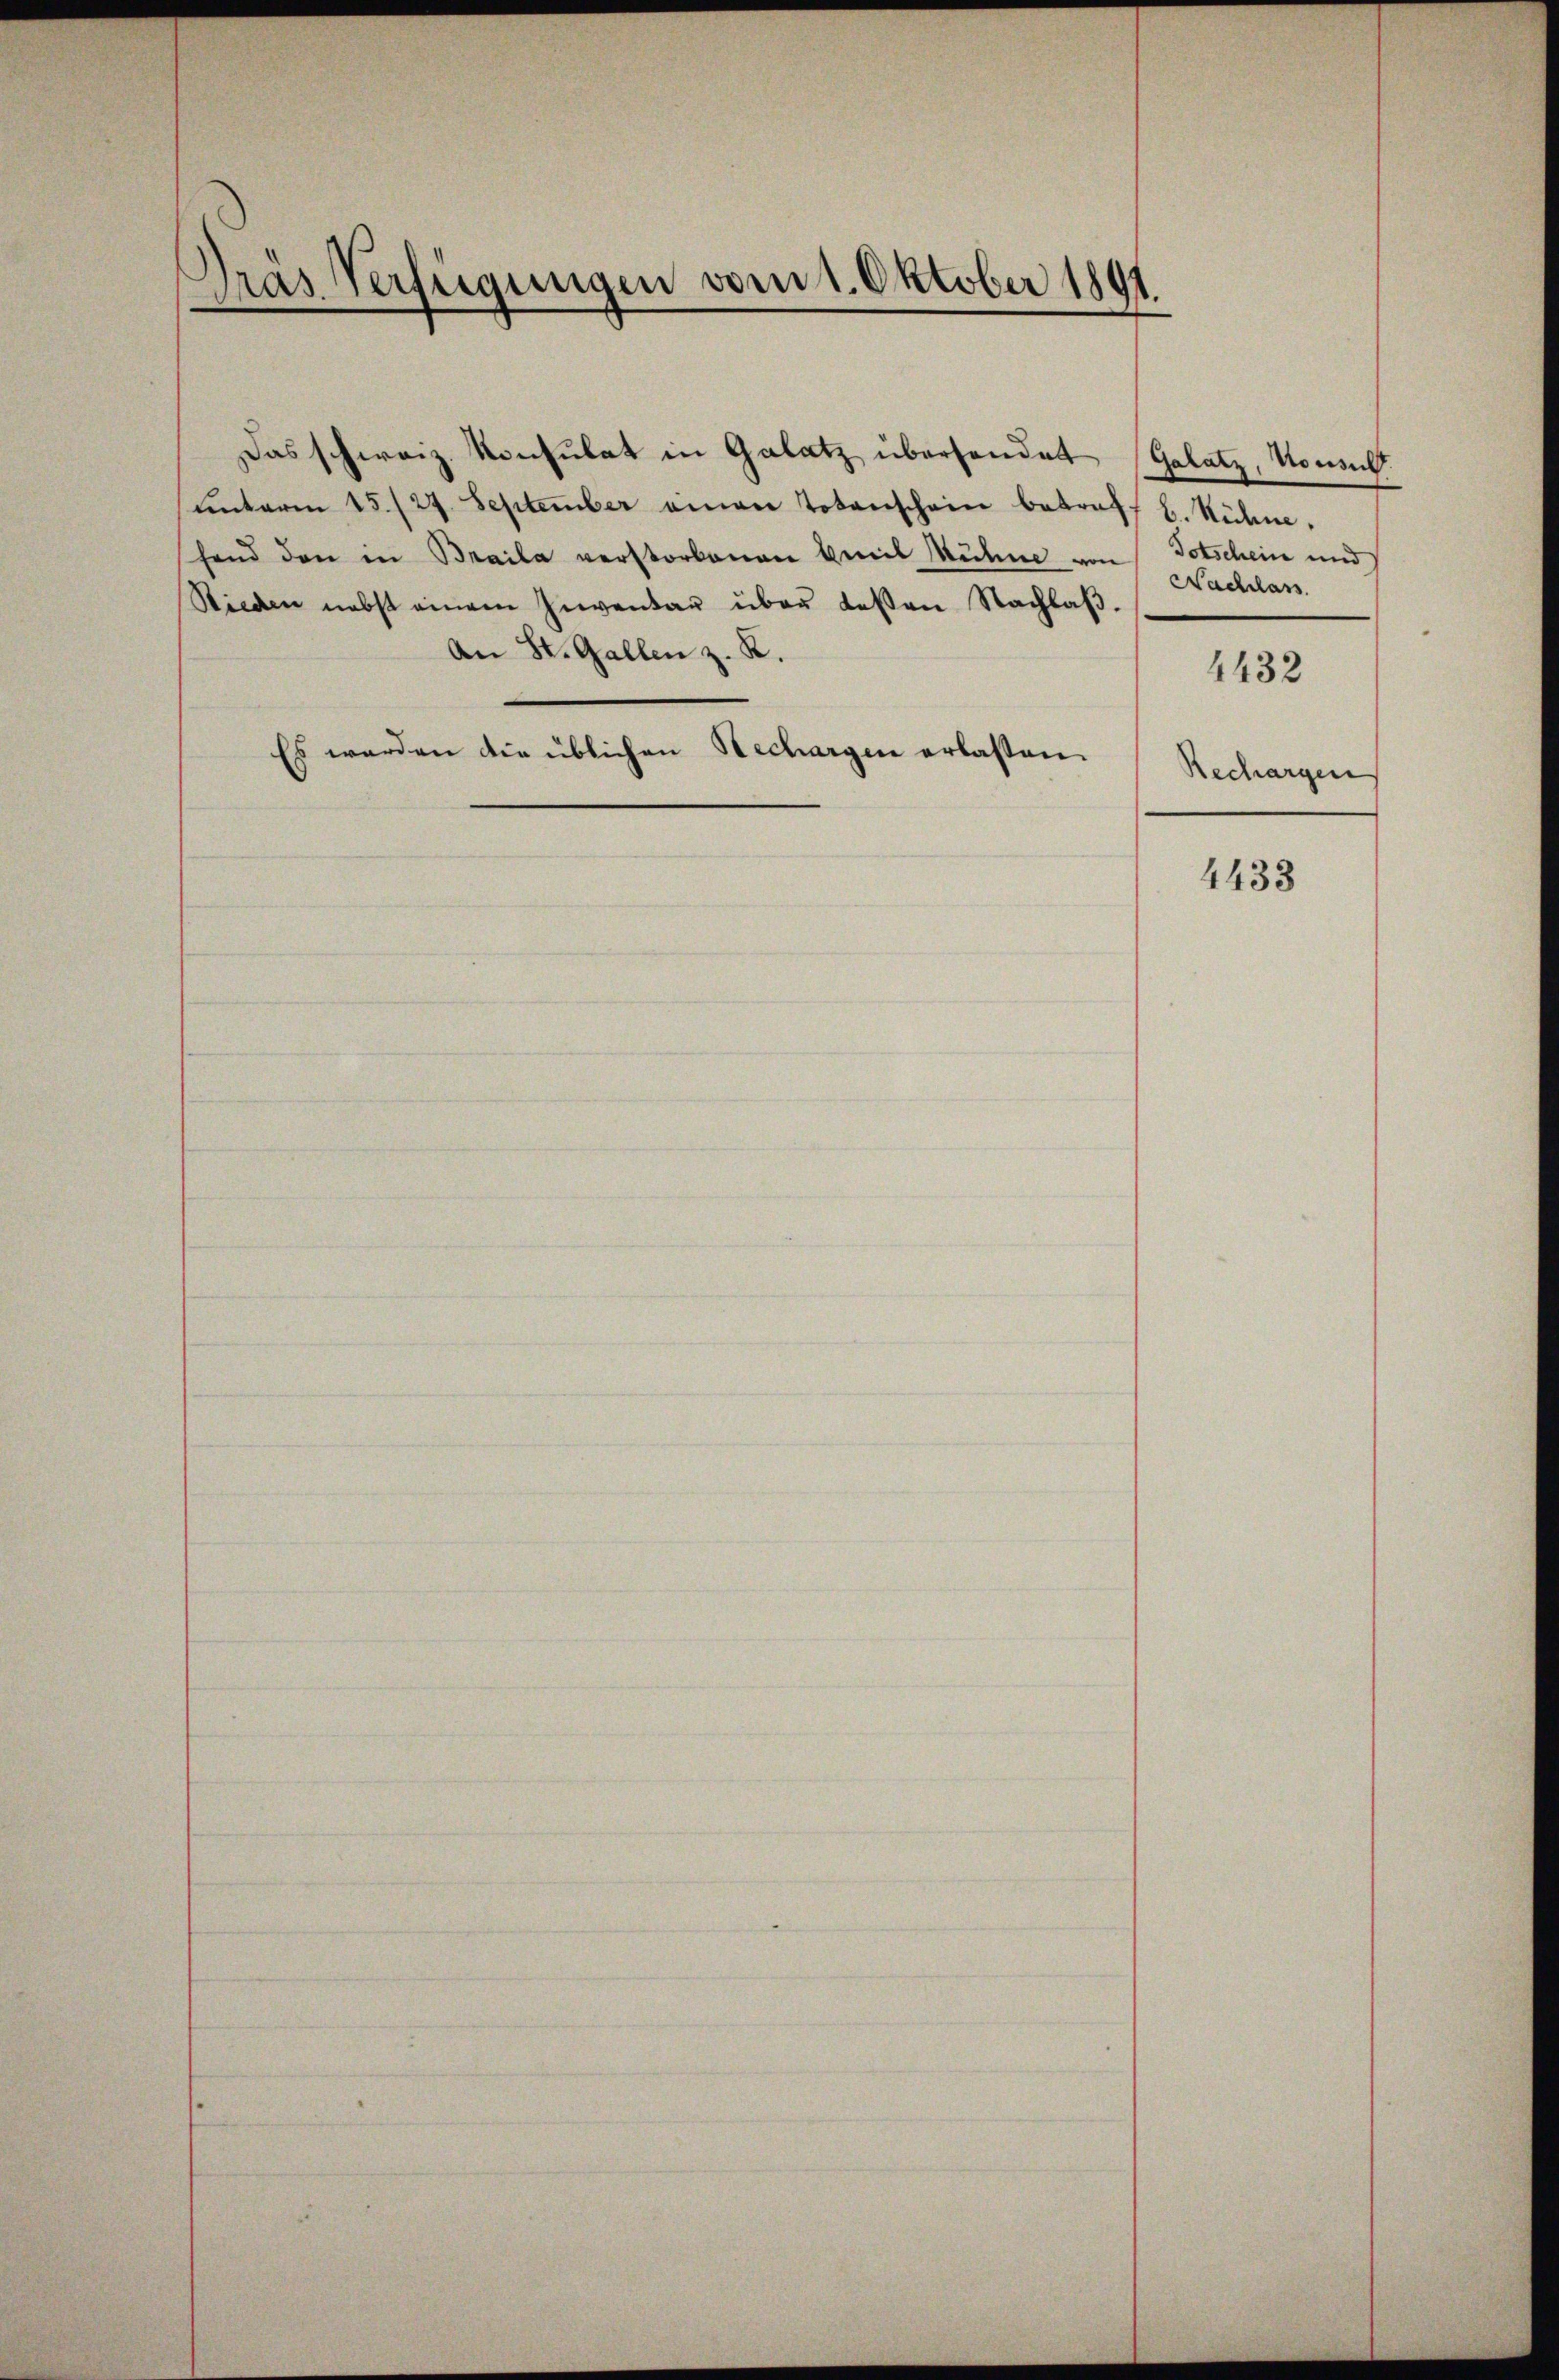
Dräs Verfügungen vom 1. Oktober 1891.

Das schweiz. Konsulat in Galatz übersendet
ŭnterm 15./27. September einen Totenschein betreff b. Rühme.
shand den in Braila verstorbenen Emil Mühne von Totschein und
Rieden nebst einem Inventar über deßen Nachlaß¬
An St. Gallen z. R.
Es werden die üblichen Rechargen erlassen.

Galatz, Konsult
Nachlass

4432

Rechargen

4433